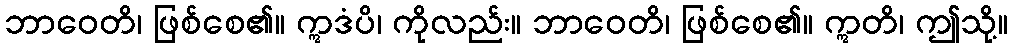
ဘာဝေတိ၊ ဖြစ်စေ၏။ ဣဒံပိ၊ ကိုလည်း။ ဘာဝေတိ၊ ဖြစ်စေ၏။ ဣတိ၊ ဤသို့။